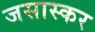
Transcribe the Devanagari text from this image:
जसास्कर